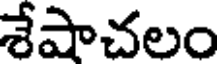
శేషాచలం